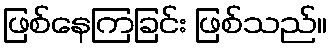
ဖြစ်နေကြခြင်း ဖြစ်သည်။